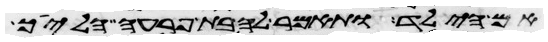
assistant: אם הילד ותאמר לה בת פרעה הלכי